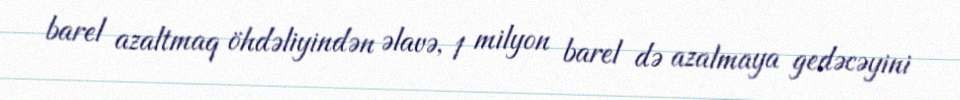
barel azaltmaq öhdəliyindən əlavə, 1 milyon barel də azalmaya gedəcəyini